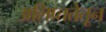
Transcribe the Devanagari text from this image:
अलिप्ततेतून